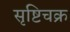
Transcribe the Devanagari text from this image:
सृष्टिचक्र